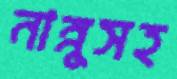
নান্নুসহ